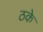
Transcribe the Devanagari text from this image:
ठके